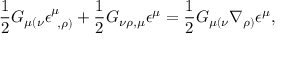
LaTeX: \frac { 1 } { 2 } G _ { \mu ( \nu } \epsilon _ { ~ , \rho ) } ^ { \mu } + \frac { 1 } { 2 } G _ { \nu \rho , \mu } \epsilon ^ { \mu } = \frac { 1 } { 2 } G _ { \mu ( \nu } \nabla _ { \rho ) } \epsilon ^ { \mu } ,